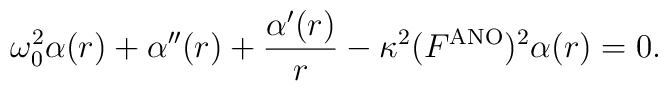
\omega_0^2\alpha(r) + \alpha''(r) + \frac{\alpha'(r)}{r} - \kappa^2(F^{\rm ANO})^2\alpha(r) = 0.